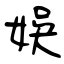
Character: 娛